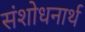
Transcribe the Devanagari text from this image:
संशोधनार्थ